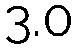
3.0